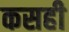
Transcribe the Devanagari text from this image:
कसही